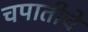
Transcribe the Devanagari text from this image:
चपातीचे